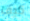
كيف